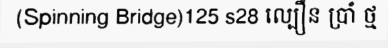
(Spinning Bridge)125 s28 ល្បឿន ប្រាំ ថ្ម